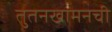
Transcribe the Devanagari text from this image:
तुतनखामनची